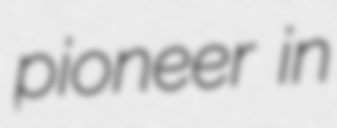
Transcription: pioneer in